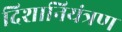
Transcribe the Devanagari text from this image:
दिशानियंत्रण